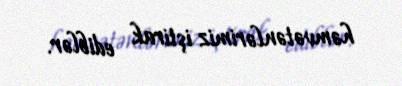
həmvətənlərimiz iştirak ediblər.